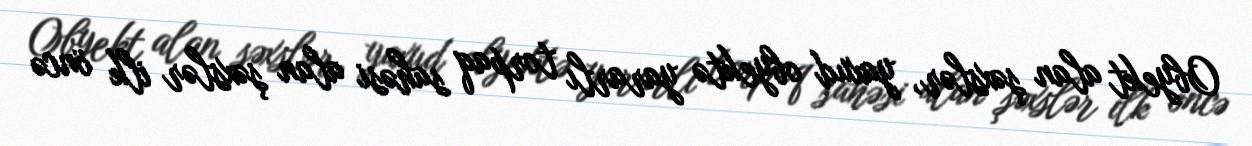
Obyekt alan şəxslər, yaxud obyektə yararlı torpaq sahəsi alan şəxslər ilk öncə